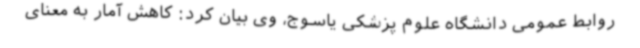
روابط عمومی دانشگاه علوم پزشکی یاسوج، وی بیان کرد: کاهش آمار به معنای